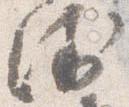
衛